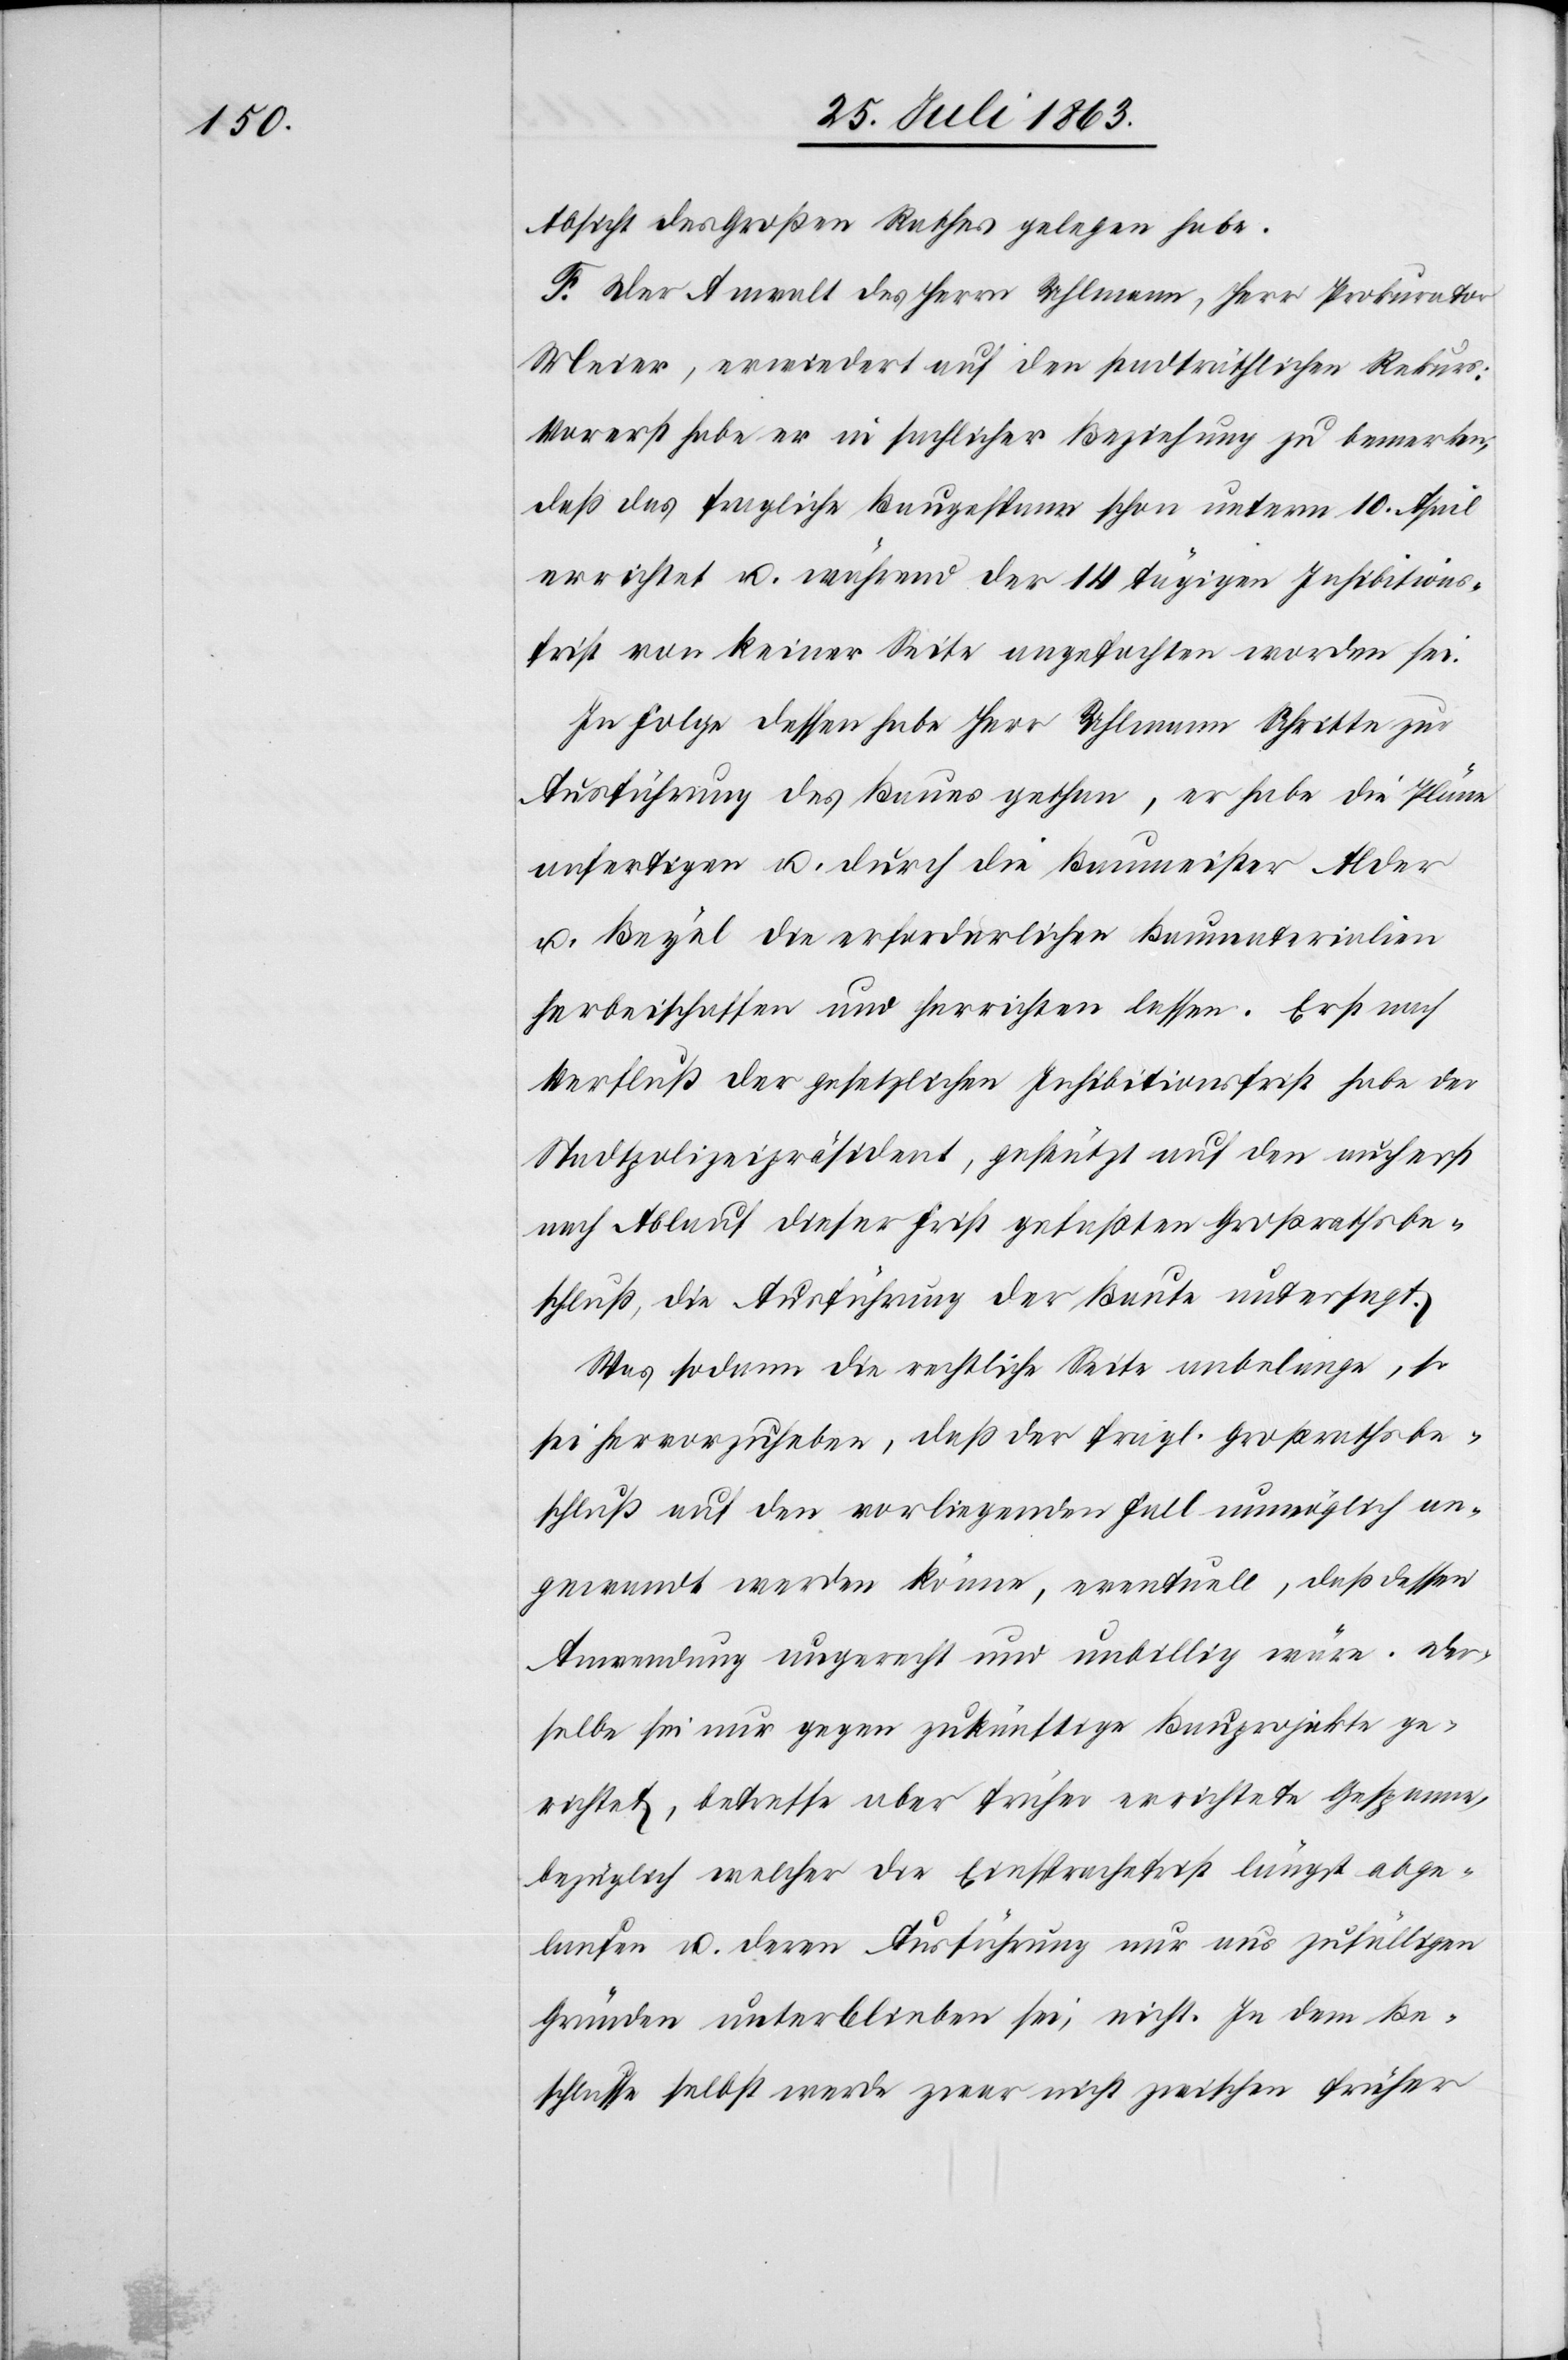
Absicht des Großen Rathes gelegen habe.
F. Der Anwalt des Herrn Uhlmann, Herr Prokurator
Meier, erwiedert auf den stadträthlichen Rekurs:
Vorerst habe er in sachlicher Beziehung zu bemerken,
daß das fragliche Baugespann schon unterm 10. April
errichtet u. während der 14 tägigen Inhibitions¬
frist von keiner Seite angefochten worden sei.
In Folge dessen habe Herr Uhlmann Schritte zur
Ausführung des Baues gethan, er habe die Pläne
anfertigen u. durch die Baumeister Alder
u. Beyel die erforderlichen Baumaterialien
herbeischaffen und herrichten lassen. Erst nach
Verfluß der gesetzlichen Inhibitionsfrist habe der
Stadtpolizeipräsident, gestützt auf den auch erst
nach Ablauf dieser Frist gefaßten Großrathsbe¬
schluß, die Ausführung der Baute untersagt.
Was sodann die rechtliche Seite anbelange, so
sei hervorzuheben, daß der fragl. Großrathsbe¬
schluß auf den vorliegenden Fall unmöglich an¬
gewandt werden könne, eventuell, daß dessen
Anwendung ungerecht und unbillig wäre. Der¬
selbe sei nur gegen zukünftige Bauprojekte ge¬
richtet, betreffe aber früher errichtete Gespanne,
bezüglich welcher die Einsprachefrist längst abge¬
laufen u. deren Ausführung nur aus zufälligen
Gründen unterblieben sei, nicht. In dem Be¬
schlusse selbst werde zwar nicht zwischen früher